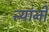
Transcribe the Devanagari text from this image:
त्त्यांनी